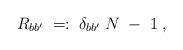
LaTeX: \begin{align*}R_{bb^\prime} \; =: \; \delta_{bb^\prime} \; N \; - \; 1 \; ,\end{align*}